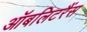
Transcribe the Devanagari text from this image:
ऑबलिटरैंस